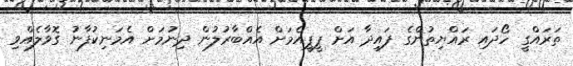
ތަރައްގީ ހޯދައި ރައްޔިތުންގެ ފައިދާ އަށް ޕީޕީއެމަށް އެއްބާރުލުން ދިނުމަށް އެމަނިކުފާނު ގޮވާލެއްވި